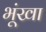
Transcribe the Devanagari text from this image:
भूंखा